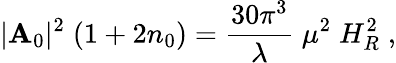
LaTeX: |\mathbf{A}_{0}|^{2}\; (1+2n_{0})=\frac{{30\pi^{3}}}{{\lambda}}\; \mu^{2}\; H_{R}^{2}\; ,